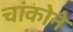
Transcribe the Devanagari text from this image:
चांकोने